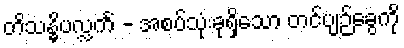
တိသန္ဓိပလ္လင်္ကံ - အစပ်သုံးခုရှိသော တင်ပျဉ်ခွေကို